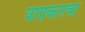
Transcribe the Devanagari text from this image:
याप्रकारचा